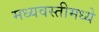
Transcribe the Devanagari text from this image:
मध्यवस्तीमध्ये